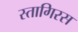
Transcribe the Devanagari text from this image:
स्तागिरस